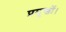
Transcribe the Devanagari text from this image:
प्रमुखों।